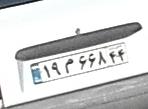
۱۹م۶۶۸۴۴